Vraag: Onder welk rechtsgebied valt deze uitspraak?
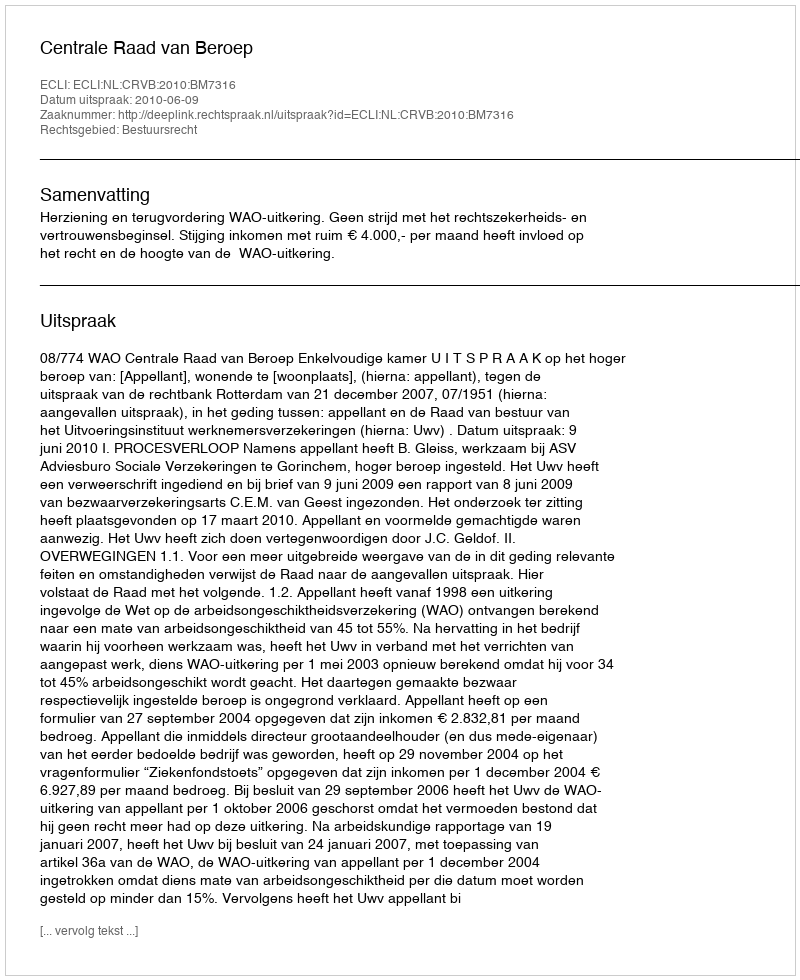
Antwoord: Bestuursrecht